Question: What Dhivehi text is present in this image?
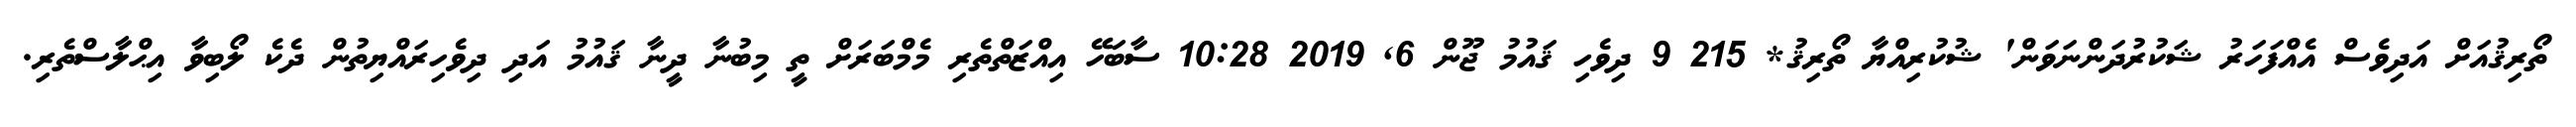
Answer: ތޯރިޤުއަށް އަދިވެސް އެއްފަހަރު ޝަކުރުދަންނަވަން' ޝުކުރިއްޔާ ތޯރިޤު* 215 9 ދިވެހި ޤައުމު ޖޫން 6, 2019 10:28 ސާބަހޭ އިއްޒަތްތެރި މެމްބަރަށް ތީ މިބުނާ ދީނާ ޤައުމު އަދި ދިވެހިރައްޔިތުން ދެކެ ލޯބިވާ އިޙްލާސްތެރި.